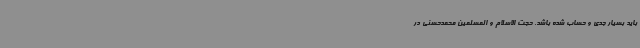
باید بسیار جدی و حساب‌ شده باشد. حجت الاسلام و المسلمین محمدحسنی در